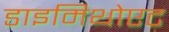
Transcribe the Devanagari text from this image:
डाइमिथोएट